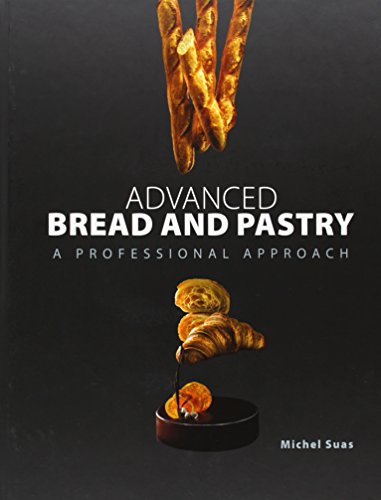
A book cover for Advanced Bread and Pastry; Michel Suas; Cookbooks, Food & Wine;